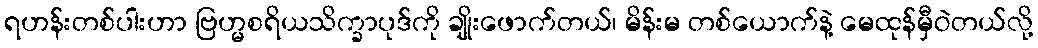
ရဟန်းတစ်ပါးဟာ ဗြဟ္မစရိယသိက္ခာပုဒ်ကို ချိုးဖောက်တယ်၊ မိန်းမ တစ်ယောက်နဲ့ မေထုန်မှီဝဲတယ်လို့